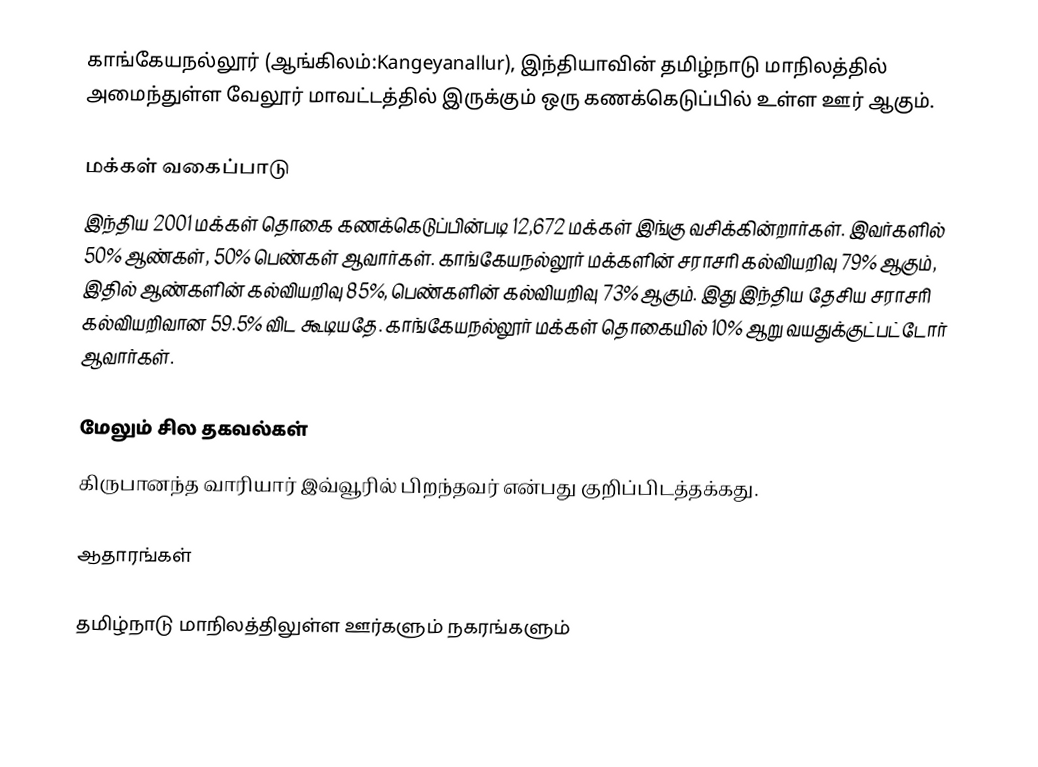
காங்கேயநல்லூர் (ஆங்கிலம்:Kangeyanallur), இந்தியாவின் தமிழ்நாடு மாநிலத்தில் அமைந்துள்ள வேலூர் மாவட்டத்தில் இருக்கும் ஒரு கணக்கெடுப்பில் உள்ள ஊர்  ஆகும்.

மக்கள் வகைப்பாடு
இந்திய 2001 மக்கள் தொகை கணக்கெடுப்பின்படி 12,672 மக்கள் இங்கு வசிக்கின்றார்கள். இவர்களில் 50% ஆண்கள், 50% பெண்கள் ஆவார்கள். காங்கேயநல்லூர் மக்களின் சராசரி கல்வியறிவு 79% ஆகும்,  இதில் ஆண்களின் கல்வியறிவு 85%,  பெண்களின் கல்வியறிவு 73% ஆகும். இது இந்திய தேசிய சராசரி கல்வியறிவான 59.5% விட கூடியதே. காங்கேயநல்லூர் மக்கள் தொகையில் 10%  ஆறு வயதுக்குட்பட்டோர் ஆவார்கள்.

மேலும் சில தகவல்கள்
கிருபானந்த வாரியார் இவ்வூரில் பிறந்தவர் என்பது குறிப்பிடத்தக்கது.

ஆதாரங்கள்

 தமிழ்நாடு மாநிலத்திலுள்ள ஊர்களும் நகரங்களும்